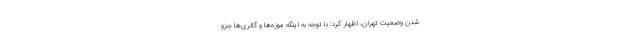
شدن وضعیت تهران، اظهار کرد: با توجه به اینکه موزه‌ها و گالری‌ها جزو